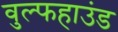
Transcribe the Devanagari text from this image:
वुल्फहाउंड